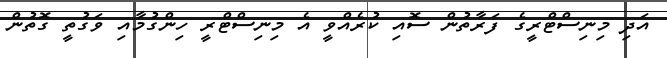
އަދި މިނިސްޓްރީގެ ފަރާތުން ސޮއި ކުރެއްވީ އެ މިނިސްޓްރީ ހިންގުމާއި ވަގުތީ ގޮތުން